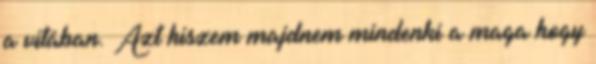
a vitában. Azt hiszem majdnem mindenki a maga hogy